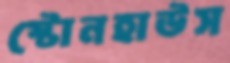
স্টোনহাউস